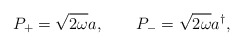
\begin{align*}P_{+}=\sqrt{2\omega }a,\qquad P_{-}=\sqrt{2\omega }a^{\dagger },\end{align*}